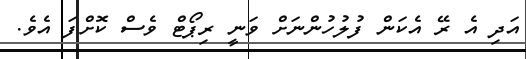
އަދި އެ ރޭ އެކަން ފުލުހުންނަށް ވަނީ ރިޕޯޓް ވެސް ކޮށްފަ އެވެ.